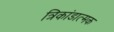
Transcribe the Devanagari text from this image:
त्रिकांडात्मक